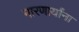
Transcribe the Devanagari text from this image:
मारणार्यांना